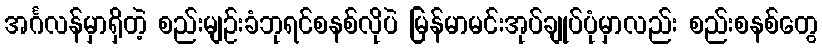
အင်္ဂလန်မှာရှိတဲ့ စည်းမျဉ်းခံဘုရင်စနစ်လိုပဲ မြန်မာမင်းအုပ်ချုပ်ပုံမှာလည်း စည်းစနစ်တွေ